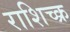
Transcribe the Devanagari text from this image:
राशिच्क्र